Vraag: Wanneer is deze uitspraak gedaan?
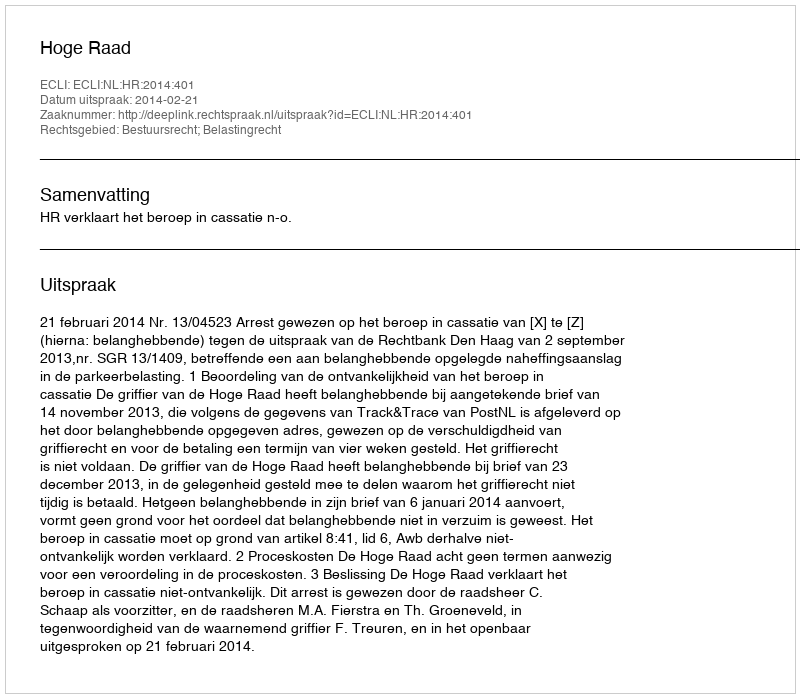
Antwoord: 2014-02-21